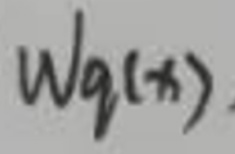
$W_q(x)$